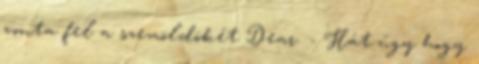
vonta fel a szemöldökét Dear. - Hát úgy hogy